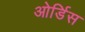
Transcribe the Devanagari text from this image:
ओर्डिस